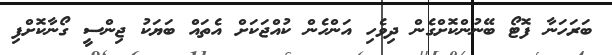
ބަރަހަނާ ފޮޓޯ ބޭނުންކޮށްގެން ދިވެހި އަންހެން ކުއްޖަކަށް އެތައް ބަޔަކު ޖިންސީ ގޯނާކޮށްފި